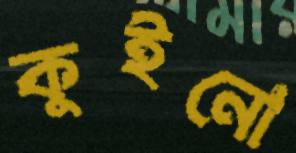
কুইনো